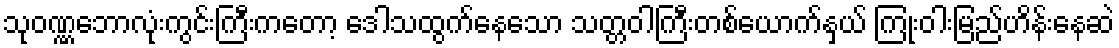
သုဝဏ္ဏဘောလုံးကွင်းကြီးကတော့ ဒေါသထွက်နေသော သတ္တဝါကြီးတစ်ယောက်နှယ် ကြုံးဝါးမြည်ဟိန်းနေဆဲ